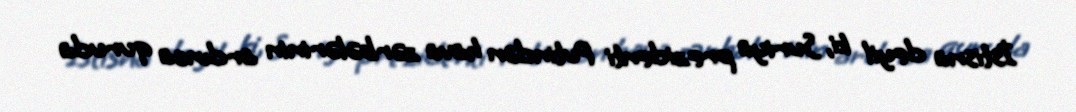
İstisna deyil ki, Suriya prezidenti Putindən hava zərbələrinin ardınca quruda